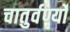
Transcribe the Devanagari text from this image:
चातुर्वर्ण्यों